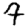
Digit: 9